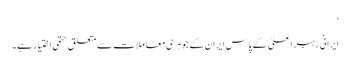
‘
ایرانی رہبرِ اعلیٰ کے پاس ایران کے جوہری معاملات سے متعلق حتمی اختیار ہے۔